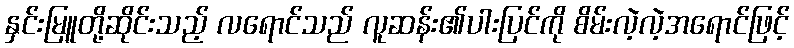
နှင်းမြူတို့ဆိုင်းသည့် လရောင်သည် လူဆန်း၏ပါးပြင်ကို စိမ်းလဲ့လဲ့အရောင်ဖြင့်